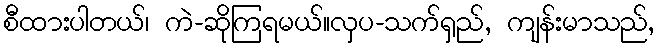
စီထားပါတယ်၊ ကဲ-ဆိုကြရမယ်။လှပ-သက်ရှည်, ကျန်းမာသည်,